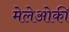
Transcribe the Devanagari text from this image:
मेलेओर्की